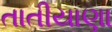
તાતીયાણા